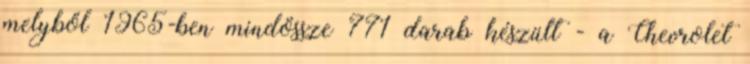
melyből 1965-ben mindössze 771 darab készült - a Chevrolet